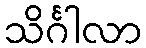
သိင်္ဂါလာ